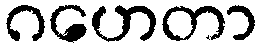
ဂဟေတာ